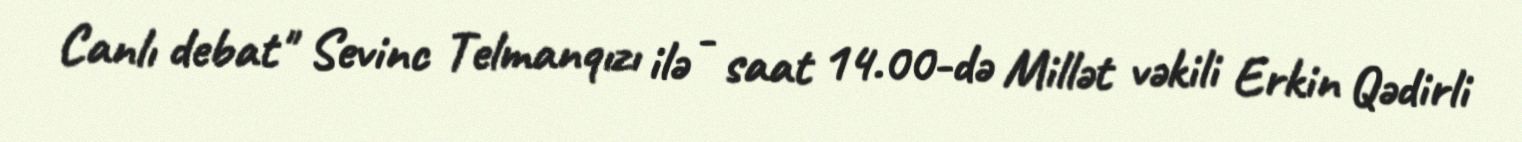
Canlı debat" Sevinc Telmanqızı ilə - saat 14.00-də Millət vəkili Erkin Qədirli